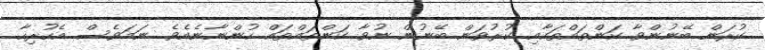
ކުރަން ބޭނުންވާ ކަންތައްތަކާއި ކުރުވަން ބޭނުން ނުވާ ކަންތައްތައް ހުންނާނެއެވެ. ނަމަވެސް އެހުރިހާ